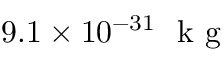
9 . 1 \times 1 0 ^ { - 3 1 } \ \mathrm { ~ k ~ g ~ }